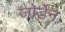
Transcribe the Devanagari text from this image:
जोर्डेन